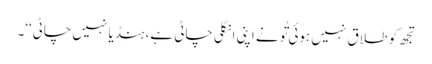
تجھ کو طلاق نہیں ہوئی تُونے اپنی انگلی چاٹی ہے، ہنڈیا نہیں چاٹی‘‘۔